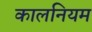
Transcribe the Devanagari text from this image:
कालनियम